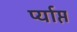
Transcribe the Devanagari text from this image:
र्प्याप्त